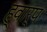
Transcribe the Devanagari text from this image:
ह्वार्प